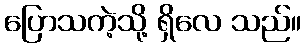
ပြောသကဲ့သို့ ရှိလေ သည်။